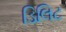
ડિલિટ